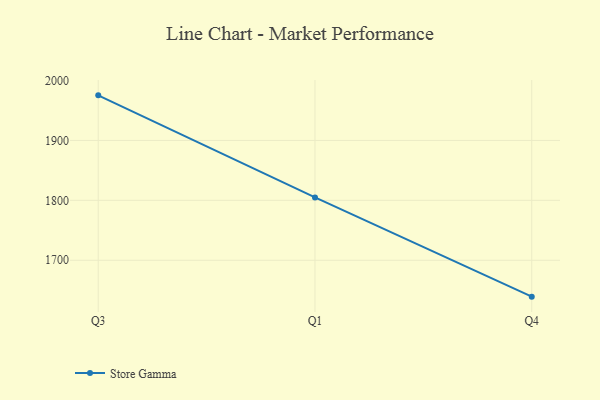
{"axis": {"x": "Quarter", "y": "Churn Rate (%)"}, "legend": ["Store Gamma"], "data": [{"x": "Q3", "y": 1975.3, "type": "Store Gamma"}, {"x": "Q1", "y": 1804.8, "type": "Store Gamma"}, {"x": "Q4", "y": 1639.2, "type": "Store Gamma"}]}